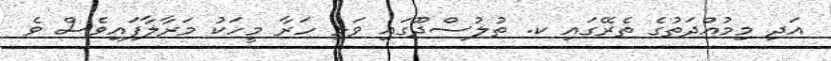
އަދި މިމުއްދަތުގެ ތެރޭގައި ކ. ތުލުސްދޫގައި ވަޅި ހަރާ މީހަކު މަރާލާފައިވެސް ވެ